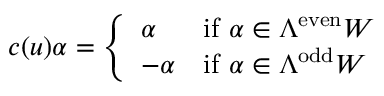
c ( u ) \alpha = { \left\{ \begin{array} { l l } { \alpha } & { { \mathrm { i f ~ } } \alpha \in \Lambda ^ { \mathrm { e v e n } } W } \\ { - \alpha } & { { \mathrm { i f ~ } } \alpha \in \Lambda ^ { \mathrm { o d d } } W } \end{array} \right. }